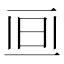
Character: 𣅯